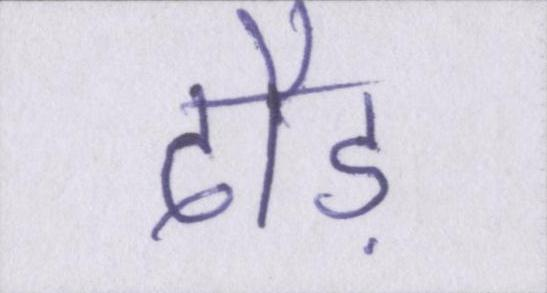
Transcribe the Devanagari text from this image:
दौड़